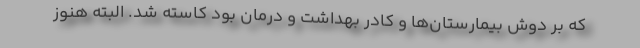
که بر دوش بیمارستان‌ها و کادر بهداشت و درمان بود کاسته شد. البته هنوز